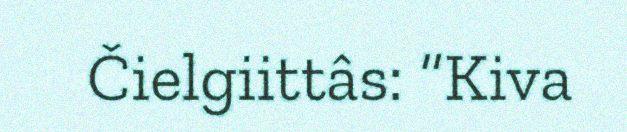
Čielgiittâs: “Kiva